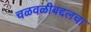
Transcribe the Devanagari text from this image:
चळवळीबद्दलचा